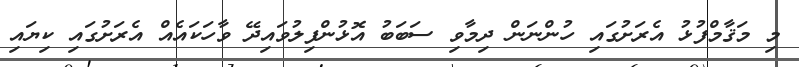
މި މަޤާމްފުޅު އެރަށުގައި ހުންނަން ދިމާވި ސަބަބު އޮޅުންފިލުވައިދޭ ވާހަކައެއް އެރަށުގައި ކިޔައި